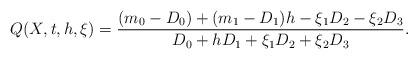
LaTeX: \begin{align*}Q(X,t,h,\xi)=\frac{(m_0-D_0) + (m_1-D_1) h - \xi_1 D_2 - \xi_2 D_3 }{ D_0 + h D_1 + \xi_1 D_2 + \xi_2 D_3} .\end{align*}